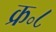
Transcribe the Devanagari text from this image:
क्र॰८